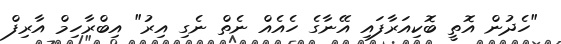
"ހެދުން އޮތީ ބޮކިއަރާފައި އޭނާގެ ހެއެއް ނެތް ނެގި އިރު" އިބްރާހިމް އާރިފް